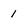
Character: 1